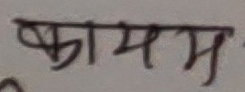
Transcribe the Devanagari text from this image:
कायम